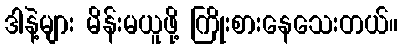
ဒါနဲ့များ မိန်းမယူဖို့ ကြိုးစားနေသေးတယ်။